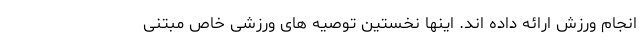
انجام ورزش ارائه داده اند. اینها نخستین توصیه های ورزشی خاص مبتنی